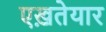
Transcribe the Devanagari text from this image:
एख़तेयार